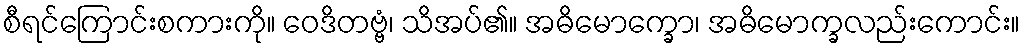
စီရင်ကြောင်းစကားကို။ ဝေဒိတဗ္ဗံ၊ သိအပ်၏။ အဓိမောက္ခော၊ အဓိမောက္ခလည်းကောင်း။